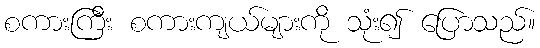
စကားကြီး စကားကျယ်များကို သုံး၍ ပြောသည်။